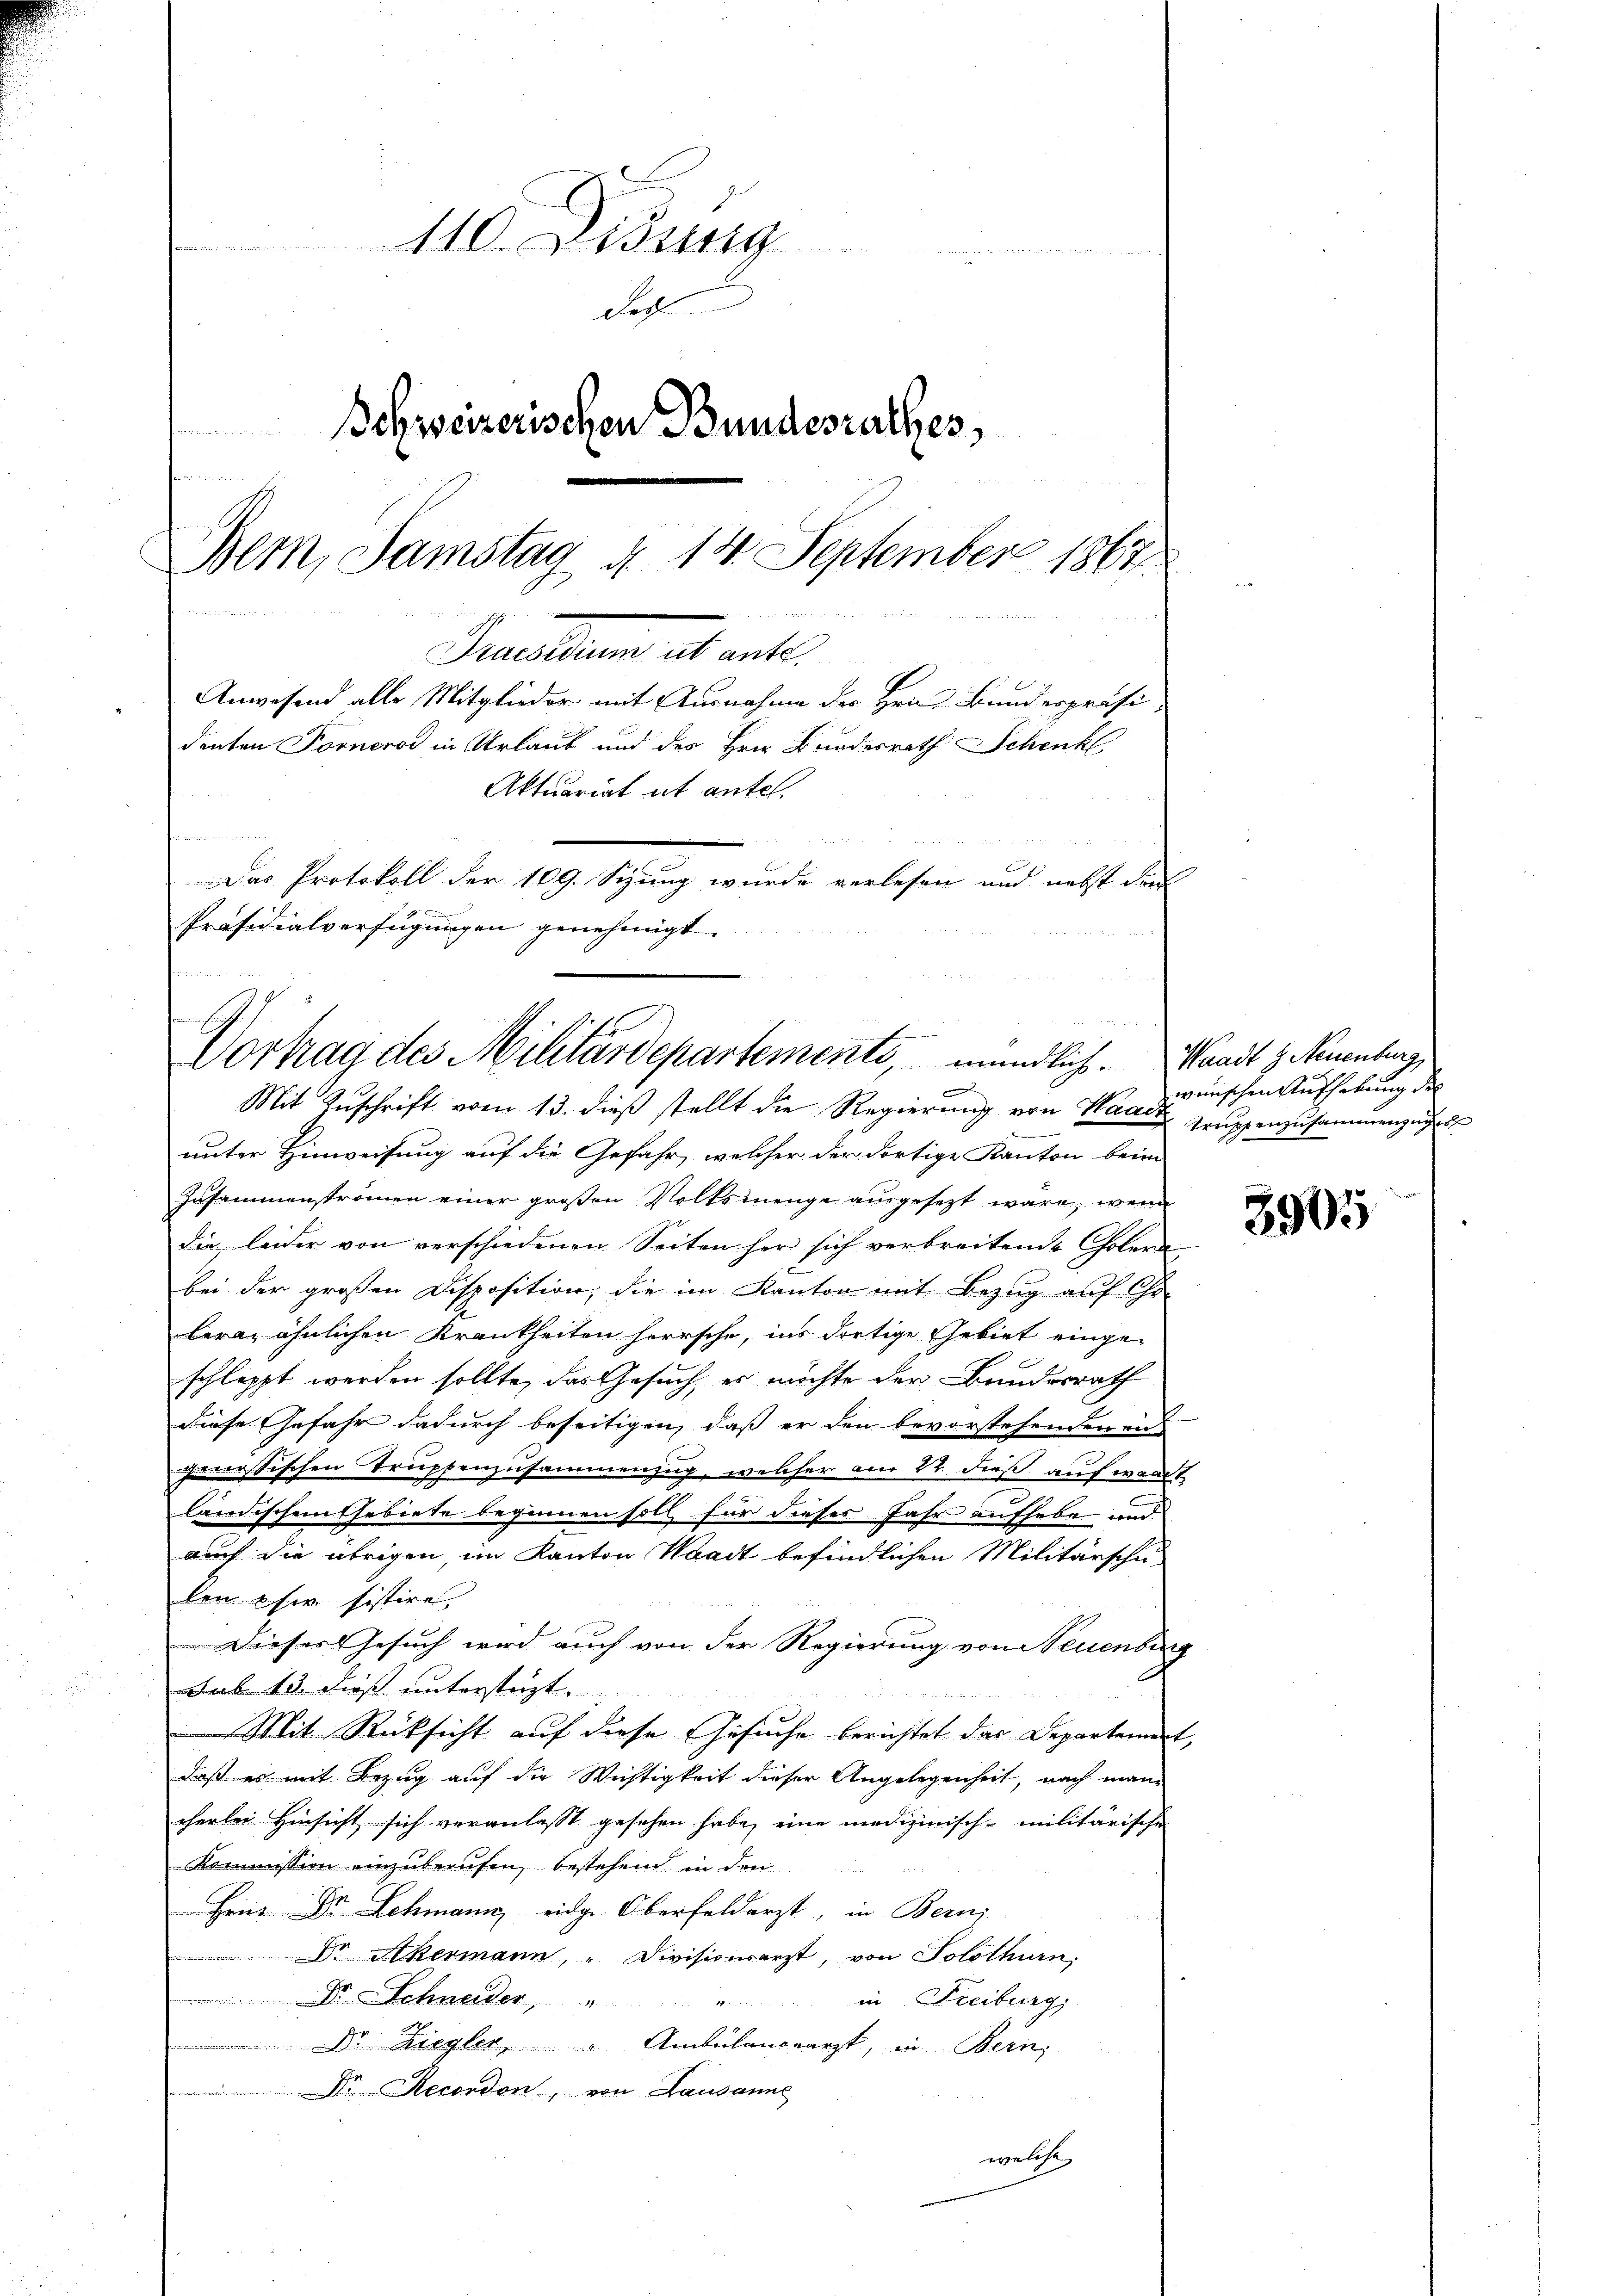
110. Didung

der
Behweizerischen Bundesrathes,
 Handeren hat der de
Bem, Samstag d. 14. September 1867
Prachten hat entl.
Anwesend alle Mitglieder mit Ausnahme der Hrn. Bunderpräsi-
denten Forneros in Urlaut und des Hrn. Bundesrath Schenk
Aktuariat ist antel.
Das Protokoll der 109. Seung wurde verlesen und nebst den
Präsidialverfügungen genehmigt.

Vortrag des Militärdepartemente, mündlich. Waadt z. Neuenburg,

Mit Zuschrift vom 13. dieß stellt die Regierung von Waad
unter Hinweisung auf die Gefahr, welcher der dortige Kanton beim
Insammenstromen einer großen Volksmenge ausgesetzt wäre, wenn
die leider von verschiedenen Seiten her sich verbreitende Cholera
bei der großen Disposition, die im Kanton mit Bezug auf Ge-
lera, ähnlichen Krankheiten herrsche, ins dortige Gebiet eingeschleppt werden sollte, das Gesuch, es möchte der Bundesrath
diese Gefahr dadurch beseitigen, daß er den bevorstehenden un
gnostischen Truppenzusammenzug, welcher am 22. dieß auf wardt
ländischem Gebiete beginnen soll für dieses Jahr aufhebe und
auch die übrigen, im Kanton Waadt befindlichen Militärschu
len sie sistire,
Dieses Gesuch wird auch von der Regierung von Neuenburg
Sub 13 dieß unterstüzt.
Mit Rücksicht auf diese Gesuche berichtet das Departement,
daß es mit Bezug auf die Wichtigkeit dieser Angelegenheit, nach man
cherlei Hinsicht sich veranlasst gesehen habe, eine medizinisch-militärische
Kommission einzuberufen, bestehend in den
Hrn Dr. Schmann eidge Oberfeldarzt, in Berni
 Dr Akermann, " Divisionsarzt, von Solothurn,
in Freiburg,
 Dr. Schneider,
 Dr. Hiegler, " Ambulandearzt, in Bern,
 Dr. Recondon, von Lausanne
welche,

wünschen Aufhebung des
Truppenzusammenzuges

3905